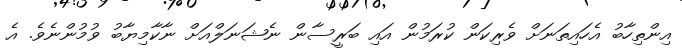
އިންތިހާބު އެހައިތަނަށް ވެރިކަން ކުރަމުން އައި ބަރީސާން ނެޝަނަލްއަށް ނާކާމިޔާބު ވުމުންނެވެ. އެ